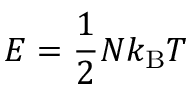
E = { \frac { 1 } { 2 } } N k _ { \mathrm { B } } T